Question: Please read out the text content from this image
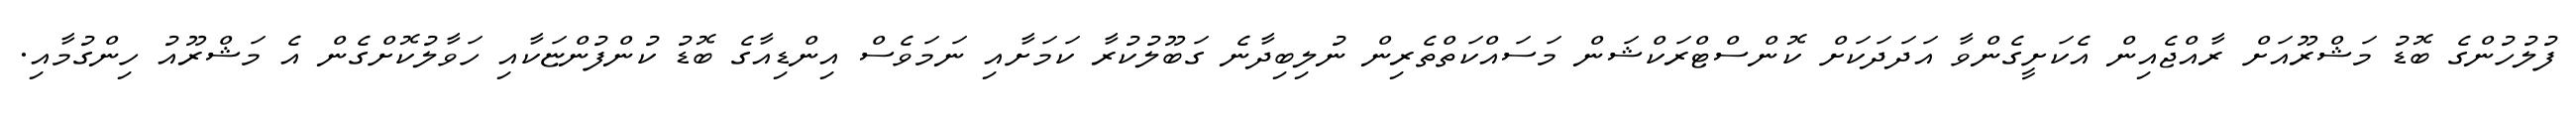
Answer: ފުލުހުންގެ ބޮޑު މަޝްރޫއަށް ރާއްޖެއިން އެކަށީގެންވާ އަދަދަކަށް ކޮންސްޓްރަކްޝަން މަސައްކަތްތެރިން ނުލިބިދާނެ ގަބޫލުކުރާ ކަމަށާއި ނަމަވެސް އިންޑިއާގެ ބޮޑު ކުންފުންޏަކާއި ހަވާލުކޮށްގެން އެ މަޝްރޫއު ހިންގުމާއި.